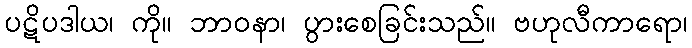
ပဋိပဒါယ၊ ကို။ ဘာဝနာ၊ ပွားစေခြင်းသည်။ ဗဟုလီကာရော၊